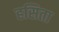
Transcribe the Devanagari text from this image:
हसिता